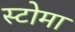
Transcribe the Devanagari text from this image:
स्टोमा